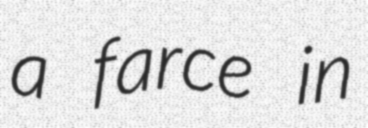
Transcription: a farce in